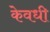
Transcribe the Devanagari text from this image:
केवधी